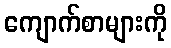
ကျောက်စာများကို